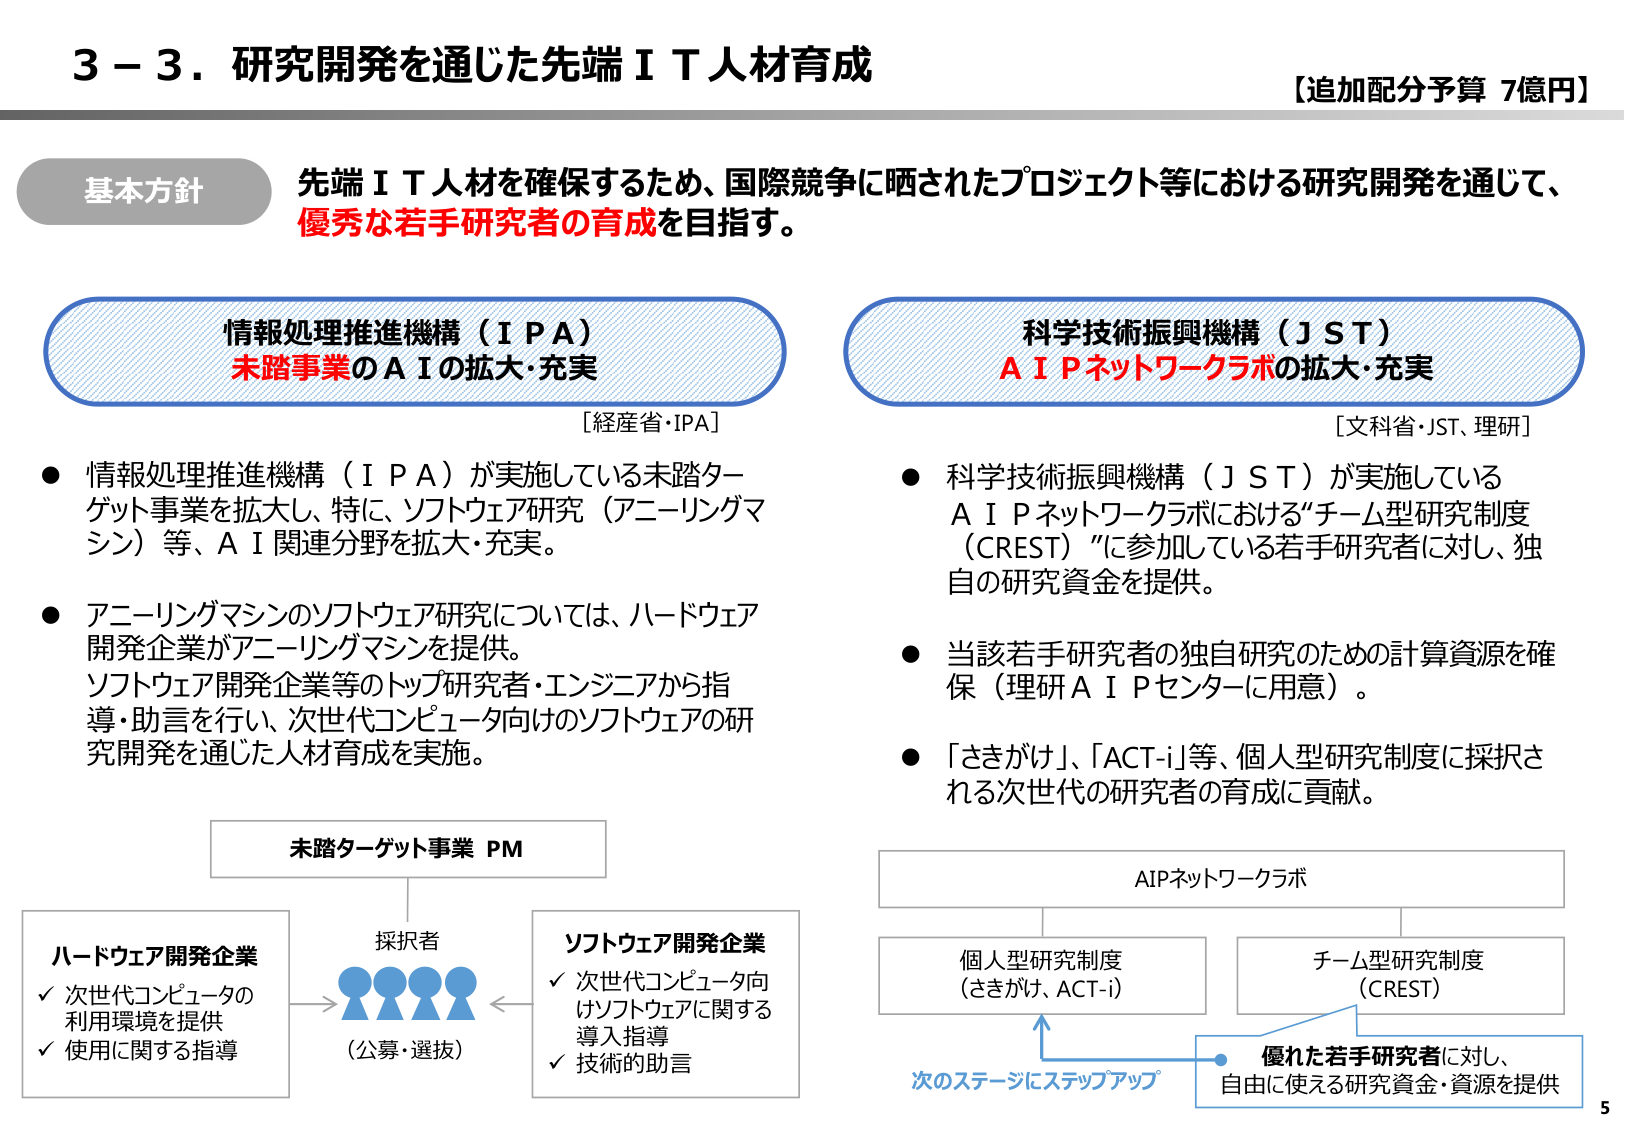
3－3．研究開発を通じた先端ＩＴ人材育成
【追加配分予算 7億円】

基本方針
先端ＩＴ人材を確保するため、国際競争に晒されたプロジェクト等における研究開発を通じて、
優秀な若手研究者の育成を目指す。

情報処理推進機構（ＩＰＡ）
未踏事業のＡＩの拡大・充実
［経産省・IPA］

● 情報処理推進機構（ＩＰＡ）が実施している未踏ターゲット事業を拡大し、特に、ソフトウェア研究（アニーリングマシン）等、ＡＩ関連分野を拡大・充実。
● アニーリングマシンのソフトウェア研究については、ハードウェア開発企業がアニーリングマシンを提供。
　ソフトウェア開発企業等のトップ研究者・エンジニアから指導・助言を行い、次世代コンピュータ向けのソフトウェアの研究開発を通じた人材育成を実施。

科学技術振興機構（ＪＳＴ）
ＡＩＰネットワークラボの拡大・充実
［文科省・JST、理研］

● 科学技術振興機構（ＪＳＴ）が実施しているＡＩＰネットワークラボにおける“チーム型研究制度（CREST）”に参加している若手研究者に対し、独自の研究資金を提供。
● 当該若手研究者の独自研究のための計算資源を確保（理研ＡＩＰセンターに用意）。
● 「さきがけ」、「ACT-i」等、個人型研究制度に採択される次世代の研究者の育成に貢献。

未踏ターゲット事業 PM